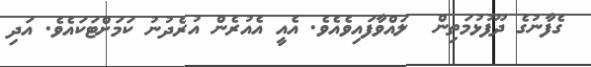
ގެފާނުގެ ދޫފުޅުމަތިން  ލައްވާފައިވެއެވެ. އެއީ އެއުރެން އުރެދުނު ކަމަށްޓަކައެވެ. އަދި